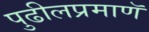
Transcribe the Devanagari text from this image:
पुढीलप्रमाणॅ